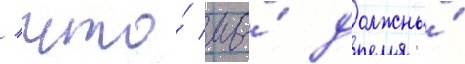
/ что́ мы́ должны́